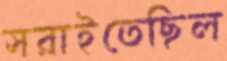
সরাইতেছিল